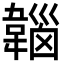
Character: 𩏀